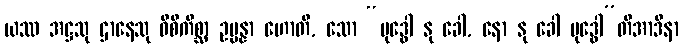
ယဿ အဋ္ဌသု ဌာနေသု ဝိစိကိစ္ဆာ ဥပ္ပန္နာ ဟောတိ, သော “ဗုဒ္ဓေါ နု ခေါ, နော နု ခေါ ဗုဒ္ဓေါ”တိအာဒိနာ